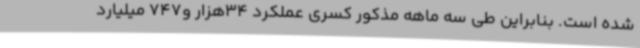
شده است. بنابراین طی سه ماهه مذکور کسری عملکرد 34هزار و747 میلیارد